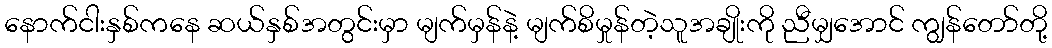
နောက်ငါးနှစ်ကနေ ဆယ်နှစ်အတွင်းမှာ မျက်မှန်နဲ့ မျက်စိမှုန်တဲ့သူအချိုးကို ညီမျှအောင် ကျွန်တော်တို့